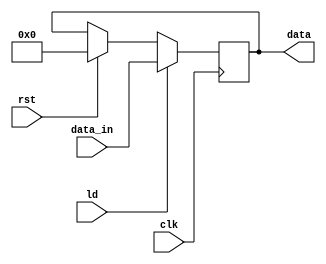
`timescale 1ns / 1ns
//////////////////////////////////////////////////////////////////////////////////
// Company: 
// Engineer: 
// 
// Design Name: 
// Module Name:    register 
// Project Name: 
// Target Devices: 
// Tool versions: 
// Description: 
//
// Dependencies: 
//
// Revision: 
// Revision 0.01 - File Created
// Additional Comments: 
//
//////////////////////////////////////////////////////////////////////////////////
module register #(parameter DW = 8) (
	input clk,
	input rst,
	input ld,
	input [DW-1:0] data_in,
	output reg [DW-1:0] data
);
	(*RAM_STYLE="BLOCK"*)


	always @(posedge clk) begin
		if(rst) begin
			data <= {DW{1'd0}};
		end
		if (ld) begin
	    	data <= data_in;
		end
	end
		
endmodule